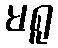
မရူ